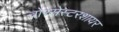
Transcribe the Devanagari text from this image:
वोरसेस्टरशायर